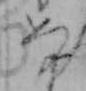
な